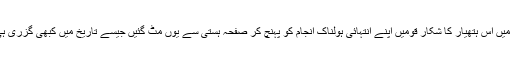
ماضی میں اس ہتھیار کا شکار قومیں اپنے انتہائی ہولناک انجام کو پہنچ کر صفحہ ہستی سے یوں مٹ گئیں جیسے تاریخ میں کبھی گزری ہی نہیں۔